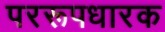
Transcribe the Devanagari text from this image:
पररूपधारक